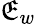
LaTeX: \mathfrak{E}_{w}